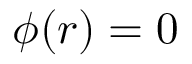
\phi ( r ) = 0